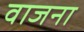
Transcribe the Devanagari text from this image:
वाजना